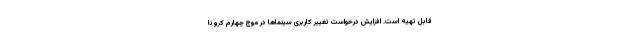
قابل تهیه است. افزایش درخواست‌ تغییر کاربری سینماها در موج چهارم کرونا